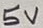
Text: 5V